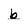
Character: b